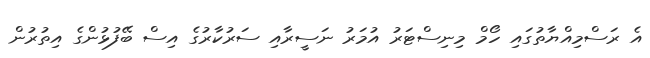
އެ ރަސްމިއްޔާތުގައި ހޯމް މިނިސްޓަރު އުމަރު ނަސީރާއި ސަރުކާރުގެ އިސް ބޭފުޅުންގެ އިތުރުން